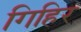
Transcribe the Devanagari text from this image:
गिहिर